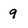
Character: 9